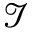
\mathcal { I }